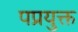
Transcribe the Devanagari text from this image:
पप्रयुक्त